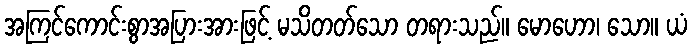
အကြင်ကောင်းစွာအပြားအားဖြင့် မသိတတ်သော တရားသည်။ မောဟော၊ သော။ ယံ